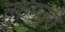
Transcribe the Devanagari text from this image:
तुरुमतरी